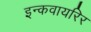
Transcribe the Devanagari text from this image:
इन्कवायरिर